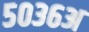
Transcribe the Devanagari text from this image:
५०३६अ